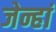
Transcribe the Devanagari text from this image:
जेन्हां